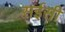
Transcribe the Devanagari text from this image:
सईसी